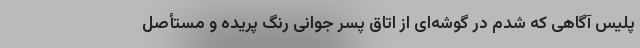
پلیس آگاهی که شدم در گوشه‌ای از اتاق پسر جوانی رنگ پریده و مستأصل